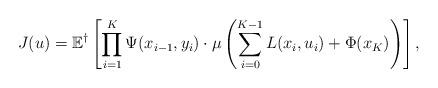
LaTeX: \begin{align*} J(u)=\mathbb{E}^\dagger\left[ \prod_{i=1}^K \Psi(x_{i-1},y_i)\cdot\mu\left( \sum_{i=0}^{K-1}L(x_i,u_i)+\Phi(x_K) \right) \right], \end{align*}